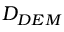
D _ { D E M }